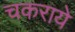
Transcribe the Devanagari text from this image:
चकराये